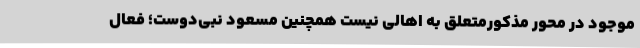
موجود در محور مذکورمتعلق به اهالی نیست همچنین مسعود نبی‌دوست؛ فعال